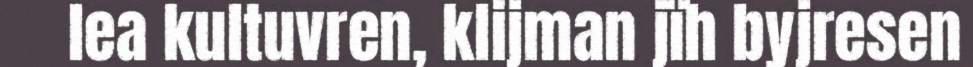
lea kultuvren, klijman jïh byjresen